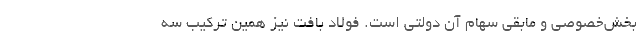
بخش‌خصوصی و مابقی سهام آن دولتی است. فولاد بافت نیز همین ترکیب سه